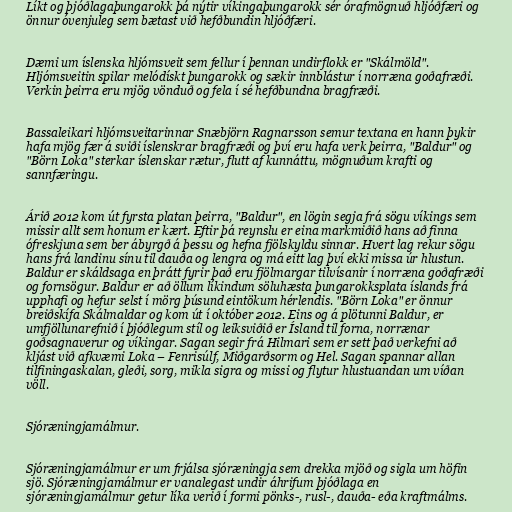
Líkt og þjóðlagaþungarokk þá nýtir víkingaþungarokk sér órafmögnuð hljóðfæri og
önnur óvenjuleg sem bætast við hefðbundin hljóðfæri.

Dæmi um íslenska hljómsveit sem fellur í þennan undirflokk er "Skálmöld".
Hljómsveitin spilar melódískt þungarokk og sækir innblástur í norræna goðafræði.
Verkin þeirra eru mjög vönduð og fela í sé hefðbundna bragfræði.

Bassaleikari hljómsveitarinnar Snæbjörn Ragnarsson semur textana en hann þykir
hafa mjög fær á sviði íslenskrar bragfræði og því eru hafa verk þeirra, "Baldur" og
"Börn Loka" sterkar íslenskar rætur, flutt af kunnáttu, mögnuðum krafti og
sannfæringu.

Árið 2012 kom út fyrsta platan þeirra, "Baldur", en lögin segja frá sögu víkings sem
missir allt sem honum er kært. Eftir þá reynslu er eina markmiðið hans að finna
ófreskjuna sem ber ábyrgð á þessu og hefna fjölskyldu sinnar. Hvert lag rekur sögu
hans frá landinu sínu til dauða og lengra og má eitt lag því ekki missa úr hlustun.
Baldur er skáldsaga en þrátt fyrir það eru fjölmargar tilvísanir í norræna goðafræði
og fornsögur. Baldur er að öllum líkindum söluhæsta þungarokksplata íslands frá
upphafi og hefur selst í mörg þúsund eintökum hérlendis. "Börn Loka" er önnur
breiðskífa Skálmaldar og kom út í október 2012. Eins og á plötunni Baldur, er
umfjöllunarefnið í þjóðlegum stíl og leiksviðið er Ísland til forna, norrænar
goðsagnaverur og víkingar. Sagan segir frá Hilmari sem er sett það verkefni að
kljást við afkvæmi Loka – Fenrisúlf, Miðgarðsorm og Hel. Sagan spannar allan
tilfiningaskalan, gleði, sorg, mikla sigra og missi og flytur hlustuandan um víðan
völl.

Sjóræningjamálmur.

Sjóræningjamálmur er um frjálsa sjóræningja sem drekka mjöð og sigla um höfin
sjö. Sjóræningjamálmur er vanalegast undir áhrifum þjóðlaga en
sjóræningjamálmur getur líka verið í formi pönks-, rusl-, dauða- eða kraftmálms.